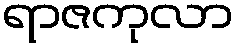
ရာဇကုလာ